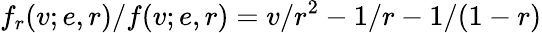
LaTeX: f_{r}(v;e,r)/f(v;e,r)=v/r^{2}-1/r-1/(1-r)